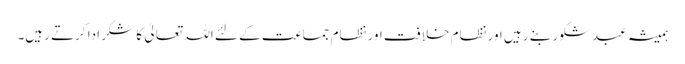
ہمیشہ عبد شکور بنے رہیں اور نظام خلافت اور نظام جماعت کے لئے اللہ تعالیٰ کا شکر ادا کرتے رہیں۔